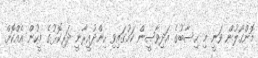
މޮންގޯލުން ވަނީ މި ހިސާބުގެ އަދިވާސީން ކަމުގައިވި ހިންދުއީރާނީ ދަރިކޮޅުގެ މީހުން އެއްކޮށް